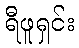
ရီဖူရှင်း